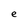
Character: e